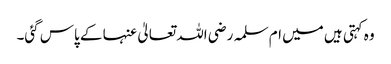
وہ کہتی ہیں میں ام سلمہ رضی اللہ تعالیٰ عنہا کے پاس گئی۔